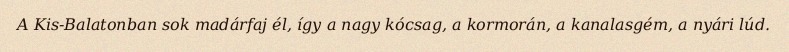
A Kis-Balatonban sok madárfaj él, így a nagy kócsag, a kormorán, a kanalasgém, a nyári lúd.